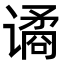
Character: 谲